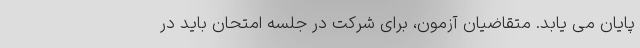
پایان می یابد. متقاضیان‌ آزمون‌، برای شرکت در جلسه امتحان باید در